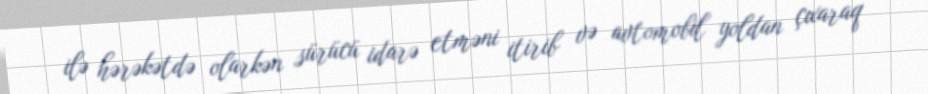
ilə hərəkətdə olarkən sürücü idarə etməni itirib və avtomobil yoldan çıxaraq